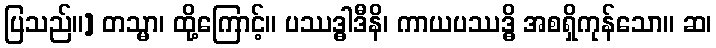
ပြသည်။] တသ္မာ၊ ထို့ကြောင့်။ ပဿဒ္ဓါဒီနိ၊ ကာယပဿဒ္ဓိ အစရှိကုန်သော။ ဆ၊